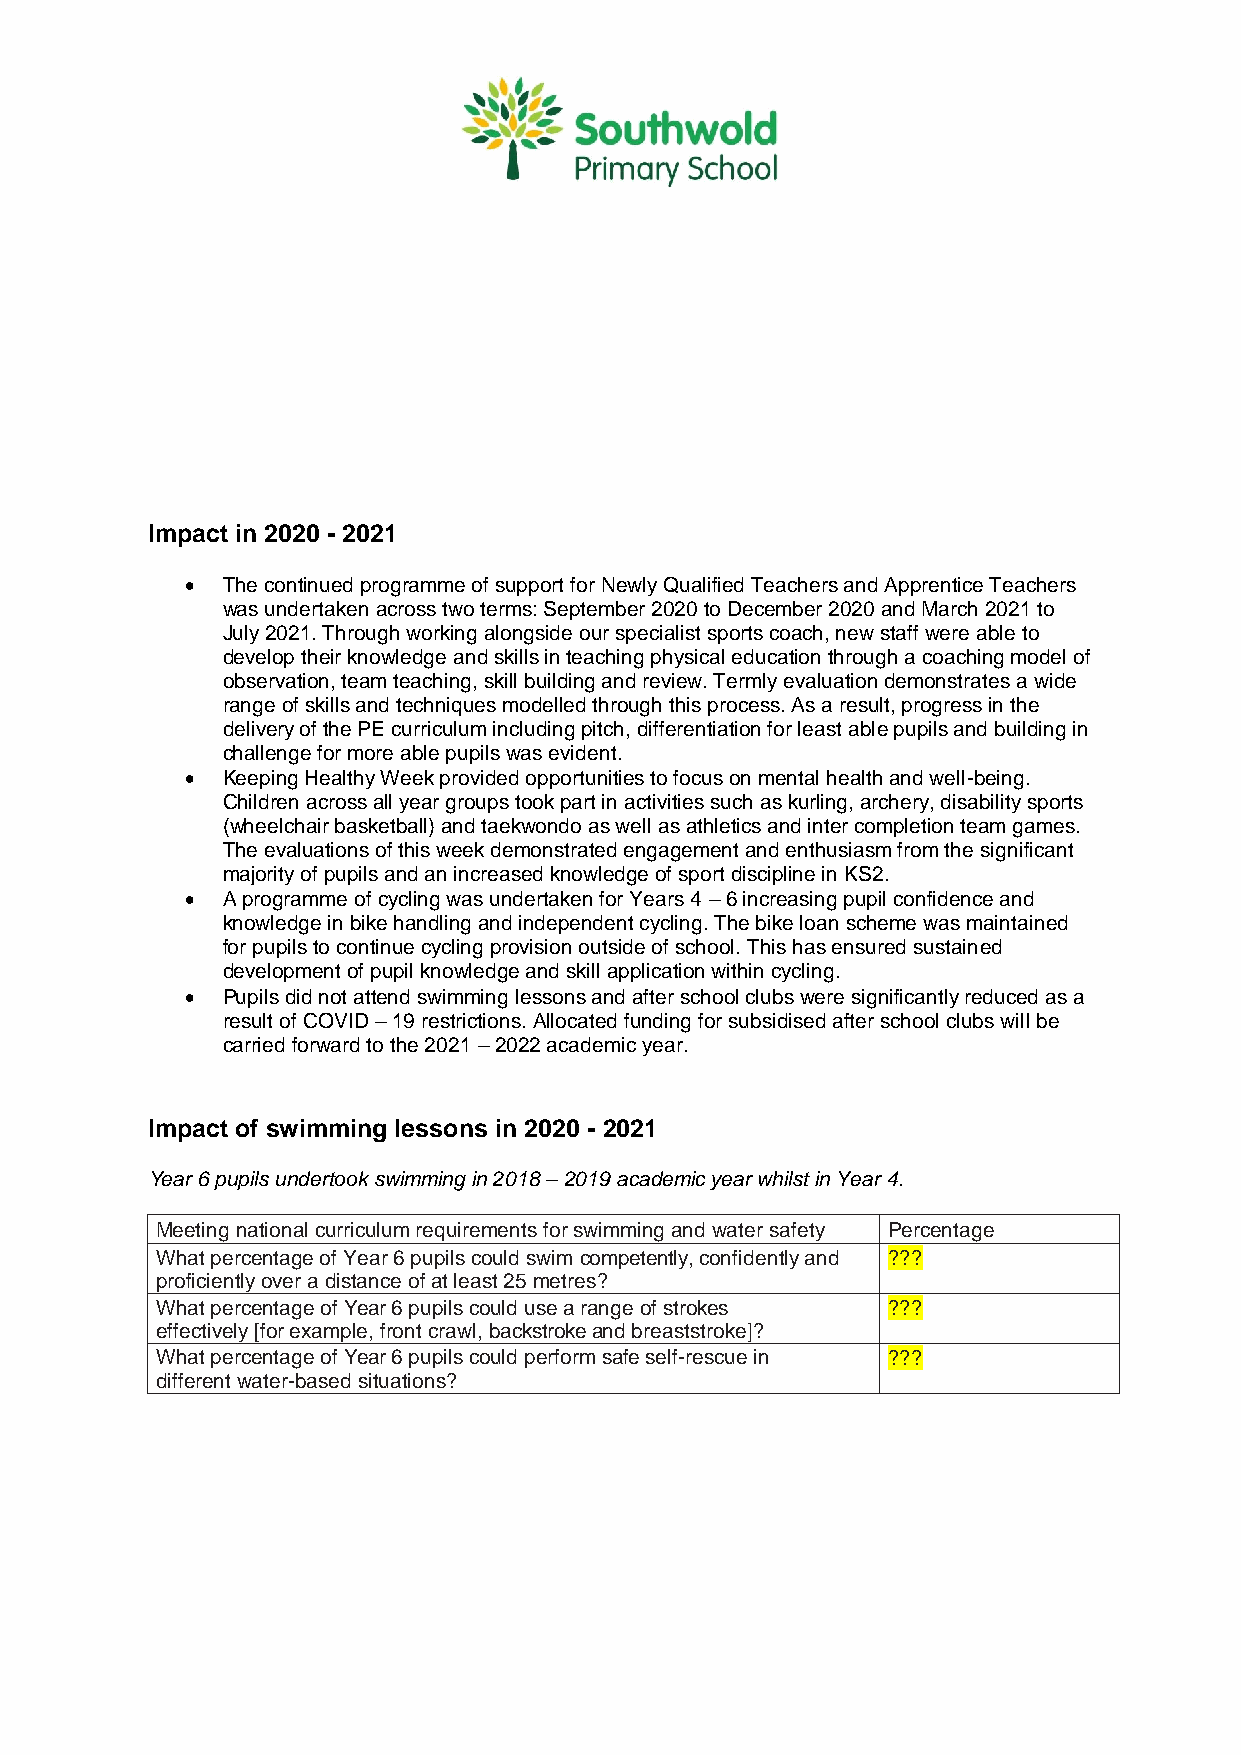
Impact in 2020 - 2021
   The continued programme of support for Newly Qualified Teachers and Apprentice Teachers
 was undertaken across two terms: September 2020 to December 2020 and March 2021 to
 July 2021. Through working alongside our specialist sports coach, new staff were able to
 develop their knowledge and skills in teaching physical education through a coaching model of
 observation, team teaching, skill building and review. Termly evaluation demonstrates a wide
 range of skills and techniques modelled through this process. As a result, progress in the
 delivery of the PE curriculum including pitch, differentiation for least able pupils and building in
 challenge for more able pupils was evident.
   Keeping Healthy Week provided opportunities to focus on mental health and well-being.
 Children across all year groups took part in activities such as kurling, archery, disability sports
 (wheelchair basketball) and taekwondo as well as athletics and inter completion team games.
 The evaluations of this week demonstrated engagement and enthusiasm from the significant
 majority of pupils and an increased knowledge of sport discipline in KS2.
   A programme of cycling was undertaken for Years 4 – 6 increasing pupil confidence and
 knowledge in bike handling and independent cycling. The bike loan scheme was maintained
 for pupils to continue cycling provision outside of school. This has ensured sustained
 development of pupil knowledge and skill application within cycling.
   Pupils did not attend swimming lessons and after school clubs were significantly reduced as a
 result of COVID – 19 restrictions. Allocated funding for subsidised after school clubs will be
 carried forward to the 2021 – 2022 academic year.
 Impact of swimming lessons in 2020 - 2021
 Year 6 pupils undertook swimming in 2018 – 2019 academic year whilst in Year 4.
 Meeting national curriculum requirements for swimming and water safety Percentage
 What percentage of Year 6 pupils could swim competently, confidently and ???
 proficiently over a distance of at least 25 metres?
 What percentage of Year 6 pupils could use a range of strokes ???
 effectively [for example, front crawl, backstroke and breaststroke]?
 What percentage of Year 6 pupils could perform safe self-rescue in ???
 different water-based situations?